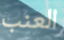
العنب